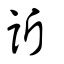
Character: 訢